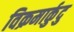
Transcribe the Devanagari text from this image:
विक्रमार्कुदु